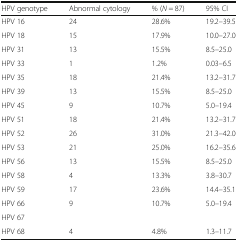
| HPV genotype | Abnormal cytology | % (N = 87) | 95% CI |
 | --- | --- | --- | --- |
 | HPV 16 | 24 | 28.6% | 19.2–39.5 |
 | HPV 18 | 15 | 17.9% | 10.0–27.0 |
 | HPV 31 | 13 | 15.5% | 8.5–25.0 |
 | HPV 33 | 1 | 1.2% | 0.03–6.5 |
 | HPV 35 | 18 | 21.4% | 13.2–31.7 |
 | HPV 39 | 13 | 15.5% | 8.5–25.0 |
 | HPV 45 | 9 | 10.7% | 5.0–19.4 |
 | HPV 51 | 18 | 21.4% | 13.2–31.7 |
 | HPV 52 | 26 | 31.0% | 21.3–42.0 |
 | HPV 53 | 21 | 25.0% | 16.2–35.6 |
 | HPV 56 | 13 | 15.5% | 8.5–25.0 |
 | HPV 58 | 4 | 13.3% | 3.8–30.7 |
 | HPV 59 | 17 | 23.6% | 14.4–35.1 |
 | HPV 66 | 9 | 10.7% | 5.0–19.4 |
 | HPV 67 |  |  |  |
 | HPV 68 | 4 | 4.8% | 1.3–11.7 |